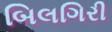
બિલગિરી